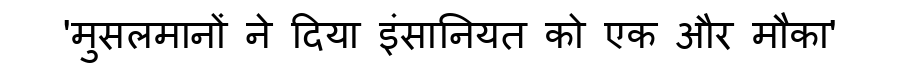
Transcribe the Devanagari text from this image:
'मुसलमानों ने दिया इंसानियत को एक और मौका'